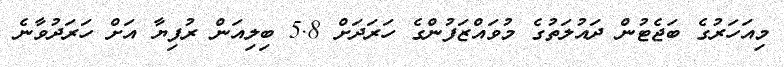
މިއަހަރުގެ ބަޖެޓުން ދައުލަތުގެ މުވައްޒަފުންގެ ހަރަދަށް 5.8 ބިލިއަން ރުފިޔާ އަަށް ހަރަދުވާނެ